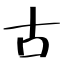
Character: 古